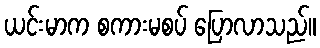
ယင်းမာက စကားမစပ် ပြောလာသည်။